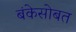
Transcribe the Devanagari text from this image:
बंकेसोबत